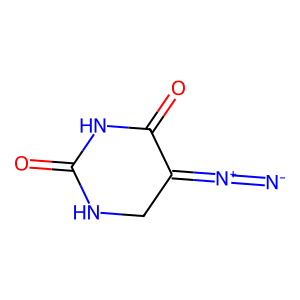
SMILES: [N-]=[N+]=C1CNC(=O)NC1=O
Inhibits HIV replication: No